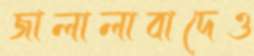
জালালাবাদেও